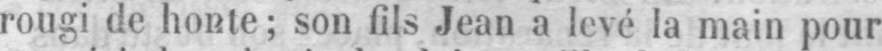
rougi de honte; son fils Jean a levé la main pour